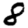
Digit: 8